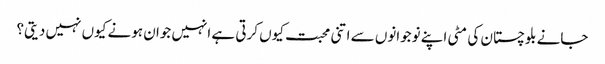
جانے بلوچستان کی مٹی اپنے نوجوانوں سے اتنی محبت کیوں کرتی ہے انہیں جوان ہونے کیوں نہیں دیتی؟